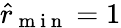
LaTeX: \hat{r}_{\mathrm{~m~i~n~}}=1